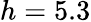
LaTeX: h=5.3